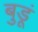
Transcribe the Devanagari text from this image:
बुडूं